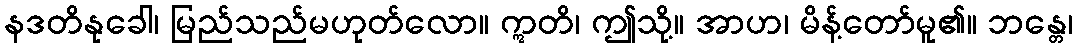
နဒတိနုခေါ၊ မြည်သည်မဟုတ်လော။ ဣတိ၊ ဤသို့။ အာဟ၊ မိန့်တော်မူ၏။ ဘန္တေ၊